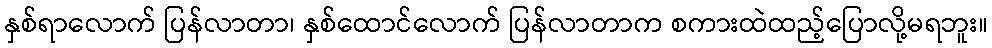
နှစ်ရာလောက် ပြန်လာတာ၊ နှစ်ထောင်လောက် ပြန်လာတာက စကားထဲထည့်ပြောလို့မရဘူး။